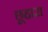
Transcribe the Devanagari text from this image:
छूहारा